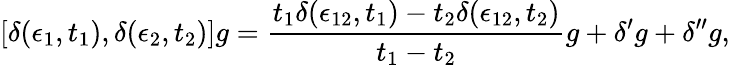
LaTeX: [\delta(\epsilon_{1},t_{1}),\delta(\epsilon_{2},t_{2})]g={\frac{t_{1}\delta(\epsilon_{12},t_{1})-t_{2}\delta(\epsilon_{12},t_{2})}{t_{1}-t_{2}}}g+\delta^{\prime}g+\delta^{\prime\prime}g,